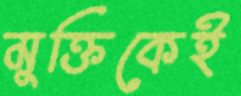
মুক্তিকেই